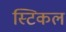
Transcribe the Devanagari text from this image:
स्टिकल